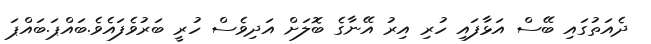
ދެއަތުގައި ބޭސް އަޅާފައި ހުރި އިރު އޭނާގެ ބޮލަށް އަދިވެސް ހުރީ ބަރުވެފައެވެ.ބައްޕަ.ބައްޕަ